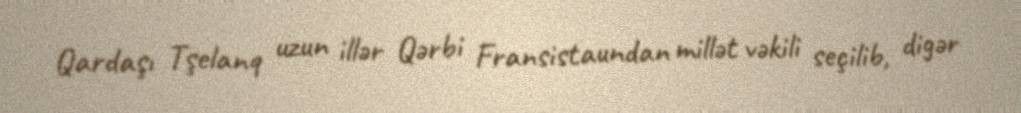
Qardaşı Tşelanq uzun illər Qərbi Fransistaundan millət vəkili seçilib, digər